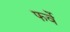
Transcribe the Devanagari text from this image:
फर्वे